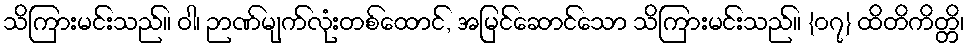
သိကြားမင်းသည်။ ဝါ၊ ဉာဏ်မျက်လုံးတစ်ထောင်, အမြင်ဆောင်သော သိကြားမင်းသည်။ {၀၇} ထိတိကိတ္တိ၊